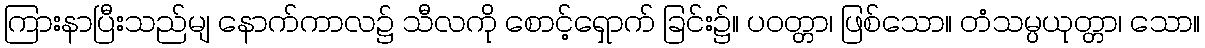
ကြားနာပြီးသည်မျ နောက်ကာလ၌ သီလကို စောင့်ရှောက် ခြင်း၌။ ပဝတ္တာ၊ ဖြစ်သော။ တံသမ္ပယုတ္တာ၊ သော။